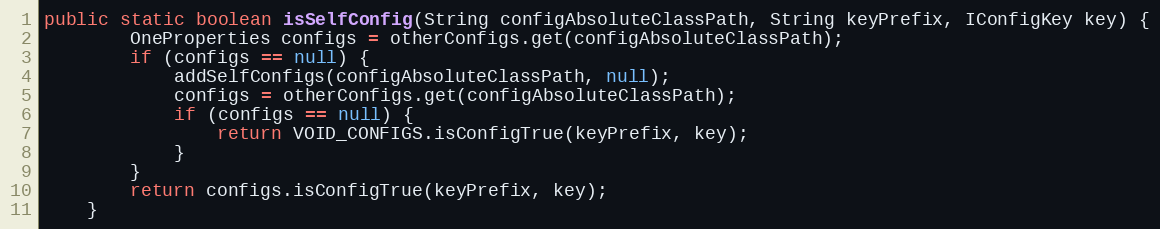
Language: Java
public static boolean isSelfConfig(String configAbsoluteClassPath, String keyPrefix, IConfigKey key) {
        OneProperties configs = otherConfigs.get(configAbsoluteClassPath);
        if (configs == null) {
            addSelfConfigs(configAbsoluteClassPath, null);
            configs = otherConfigs.get(configAbsoluteClassPath);
            if (configs == null) {
                return VOID_CONFIGS.isConfigTrue(keyPrefix, key);
            }
        }
        return configs.isConfigTrue(keyPrefix, key);
    }